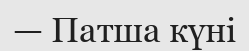
— Патша күні